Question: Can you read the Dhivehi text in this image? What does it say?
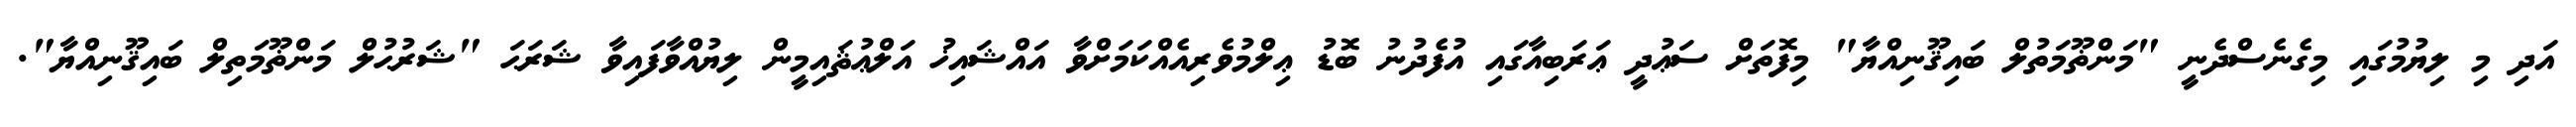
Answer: އަދި މި ލިޔުމުގައި މިގެނެސްދެނީ "މަންޡޫމަތުލް ބައިޤޫނިއްޔާ" މިފޮތަށް ސަޢުދީ ޢަރަބިއާގައި އުފެދުނު ބޮޑު ޢިލްމުވެރިއެއްކަމަށްވާ އައްޝައިޚު އަލްޢުޘައިމީން ލިޔުއްވާފައިވާ ޝަރަޙަ "ޝަރުޙުލް މަންޡޫމަތިލް ބައިޤޫނިއްޔާ".